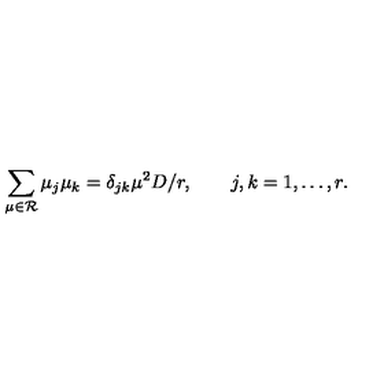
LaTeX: \sum _ { \mu \in { \cal R } } \mu _ { j } \mu _ { k } = \delta _ { j k } \mu ^ { 2 } D / r , \qquad j , k = 1 , \ldots , r .